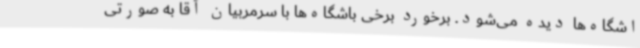
اشگاه‌ها دیده می‌شود. برخورد برخی باشگاه‌ها با سرمربیان آقا به صورتی